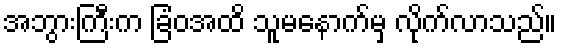
အဘွားကြီးက ခြံဝအထိ သူမနောက်မှ လိုက်လာသည်။